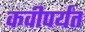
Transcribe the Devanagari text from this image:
कवीपर्यंत